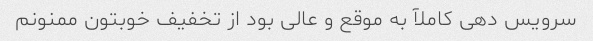
سرویس دهی کاملآ به موقع و عالی بود از تخفیف خوبتون ممنونم